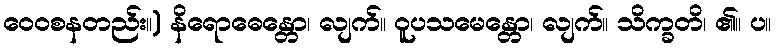
ဝေဝစနတည်း။) နိရောဓေန္တော၊ လျက်။ ဝူပသမေန္တော၊ လျက်။ သိက္ခတိ၊ ၏။ ပ။